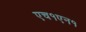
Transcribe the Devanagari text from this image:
एच१एन१